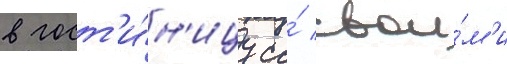
в гост'и́н'ицу со́ свои́м'и